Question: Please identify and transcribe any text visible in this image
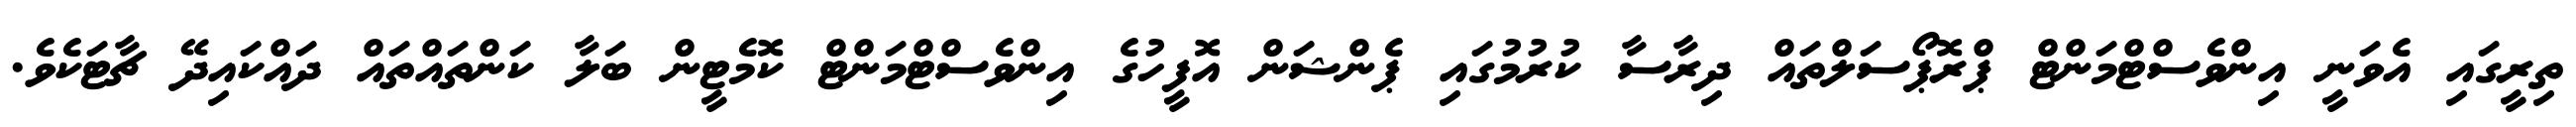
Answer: ތިރީގައި އެވަނީ އިންވެސްޓްމަންޓް ޕްރޮޕޯސަލްތައް ދިރާސާ ކުރުމުގައި ޕެންޝަން އޮފީހުގެ އިންވެސްޓްމަންޓް ކޮމެޓީން ބަލާ ކަންތައްތައް ދައްކައިދޭ ޗާޓަކެވެ.